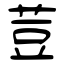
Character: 荳